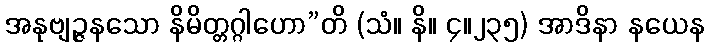
အနုဗျဉ္ဇနသော နိမိတ္တဂ္ဂါဟော”တိ (သံ။ နိ။ ၄။၂၃၅) အာဒိနာ နယေန